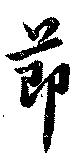
節